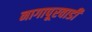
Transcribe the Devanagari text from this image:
नागापूरवाडी